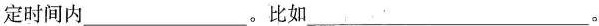
定时间内___。比如___。